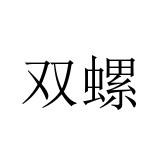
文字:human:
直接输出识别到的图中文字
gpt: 双螺